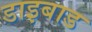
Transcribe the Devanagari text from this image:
डाइबाड